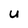
Character: U